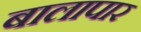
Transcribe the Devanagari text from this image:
बालापार